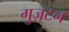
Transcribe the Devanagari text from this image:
गुज़टन